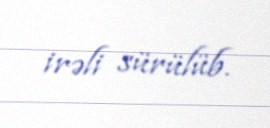
irəli sürülüb.